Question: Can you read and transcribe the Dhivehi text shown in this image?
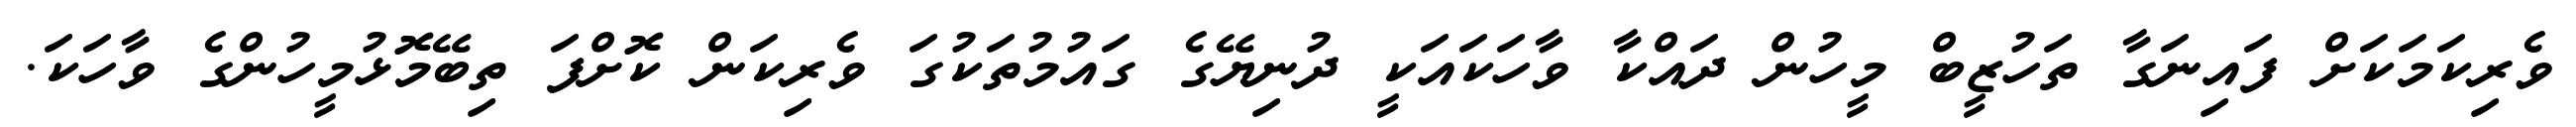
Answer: ވެރިކަމަކަށް ފައިނަގާ ތަހުޒީބް މީހުން ދައްކާ ވާހަކައަކީ ދުނިޔޭގެ ގައުމުތަކުގަ ވެރިކަން ކޮށްފަ ތިބޭމޮޅުމީހުންގެ ވާހަކަ.